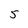
Character: 5